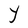
Character: Y